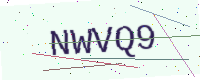
Text: NWVQ9